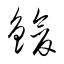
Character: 鐱